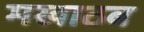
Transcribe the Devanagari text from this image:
मखाठब